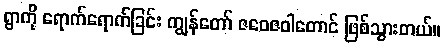
ရွာကို ရောက်ရောက်ခြင်း ကျွန်တော် ဇဝေဇဝါတောင် ဖြစ်သွားတယ်။